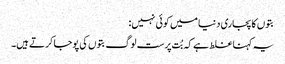
بتوں کا پجاری دنیا میں کوئی نہیں:
یہ کہنا غلط ہے کہ بُت پرست لوگ بتوں کی پوجا کرتے ہیں۔